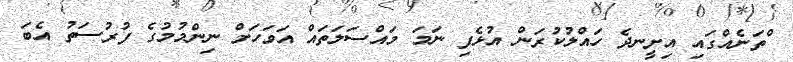
ްތަނެއްގައި އިށީނދެ ހައްލުކުރަން އުޅެފި ނަމަ މައްސަލަތައް އަވަހަށް ނިންމުމުގެ ފުރުސަތު އެބަ